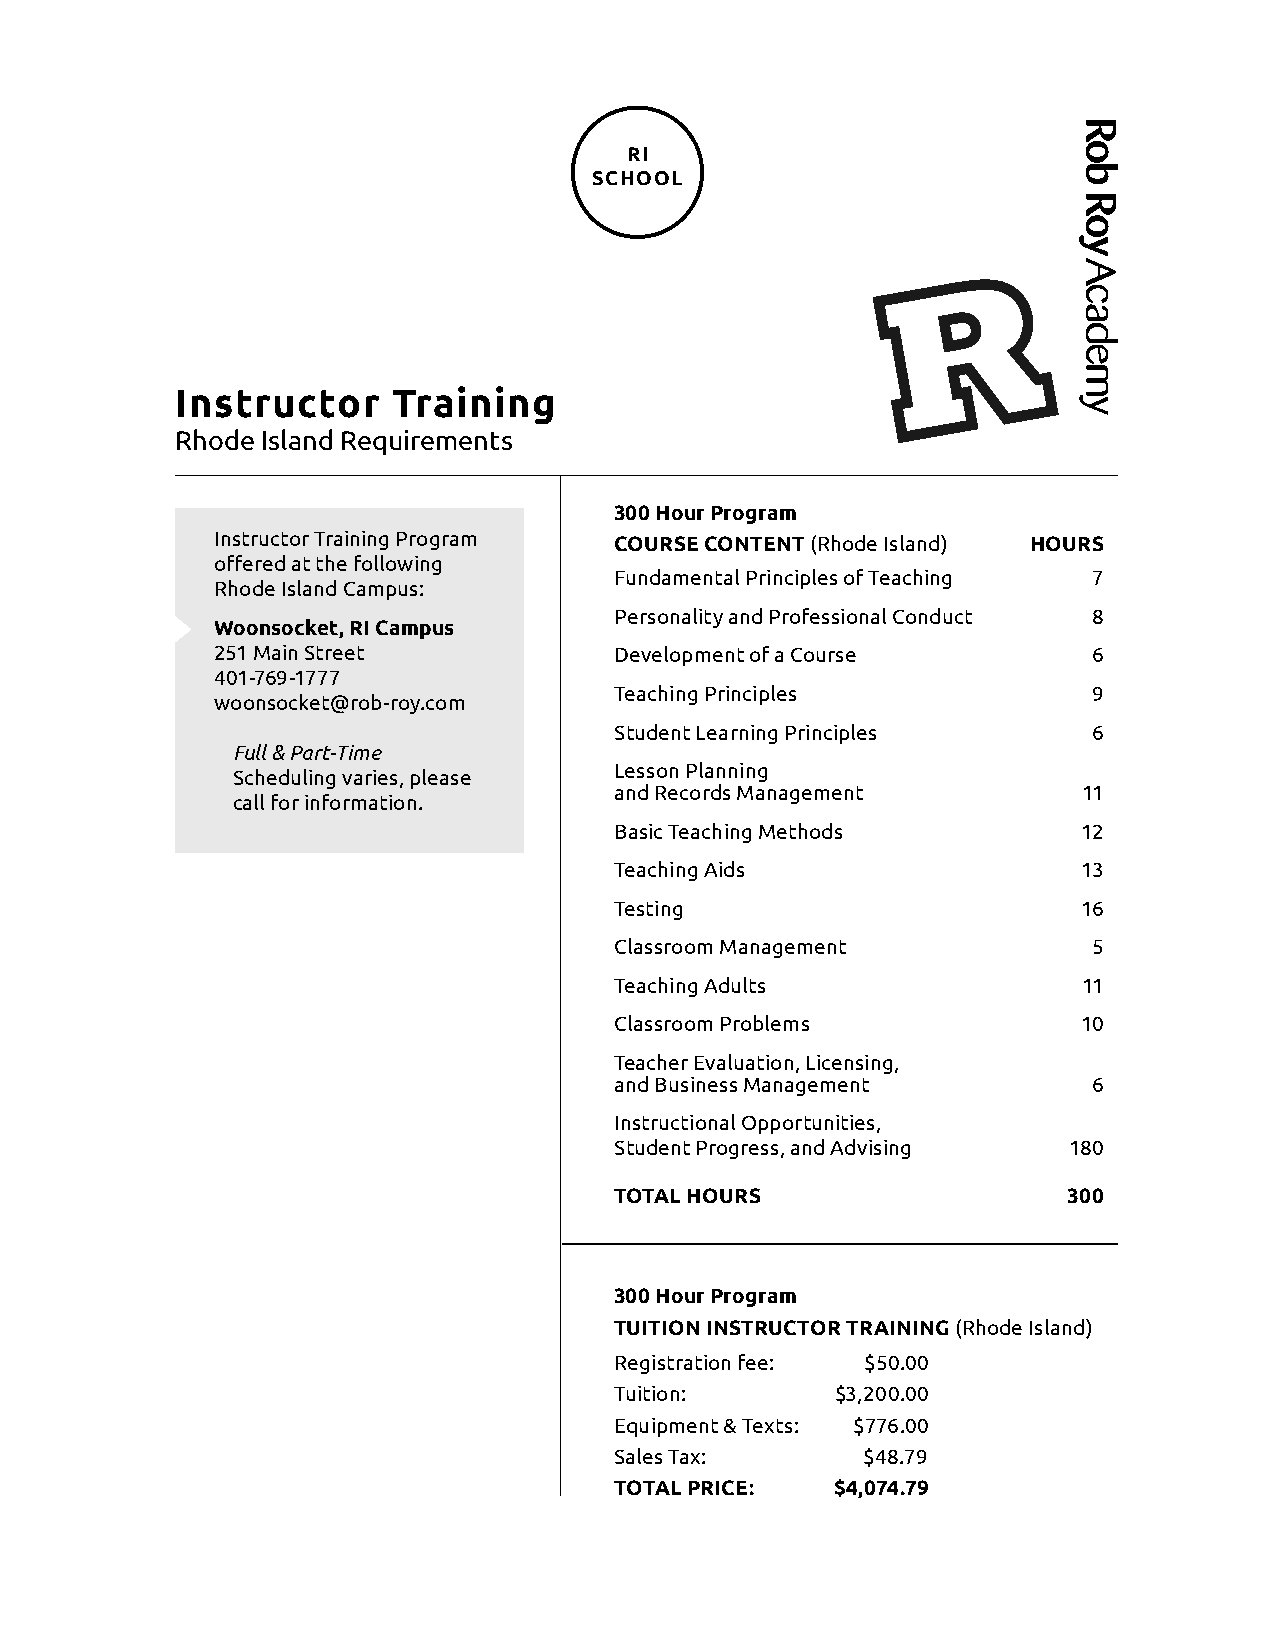
RI
 SCHOOL
 Instructor    Training
 Rhode Island Requirements
 300 Hour Program
 Instructor Training Program COURSE CONTENT (Rhode Island) HOURS
 offered at the following
 Fundamental Principles of Teaching 7
 Rhode Island Campus:
 Personality and Professional Conduct 8
 Woonsocket, RI Campus
 251 Main Street            Development of a Course        6
 401-769-1777
 Teaching Principles            9
 woonsocket@rob-roy.com
 Student Learning Principles    6
 Full & Part-Time
 Lesson Planning
 Scheduling varies, please
 and Records Management         11
 call for information.
 Basic Teaching Methods         12
 Teaching Aids                  13
 Testing                        16
 Classroom Management           5
 Teaching Adults                11
 Classroom Problems             10
 Teacher Evaluation, Licensing,
 and Business Management        6
 Instructional Opportunities,
 Student Progress, and Advising 180
 TOTAL HOURS                   300
 300 Hour Program
 TUITION INSTRUCTOR TRAINING (Rhode Island)
 Registration fee: $50.00
 Tuition:      $3,200.00
 Equipment & Texts: $776.00
 Sales Tax:      $48.79
 TOTAL PRICE:  $4,074.79